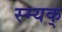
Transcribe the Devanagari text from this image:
स्म्यक्‌